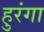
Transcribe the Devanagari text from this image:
हुरंगा